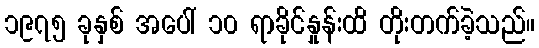
၁၉၇၅ ခုနှစ် အပေါ် ၁၀ ရာခိုင်နှုန်းထိ တိုးတက်ခဲ့သည်။